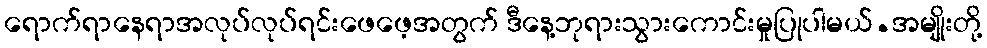
ရောက်ရာနေရာအလုပ်လုပ်ရင်းဖေဖေ့အတွက် ဒီနေ့ဘုရားသွားကောင်းမှုပြုပါမယ်.အမျိုးတို့